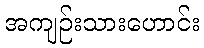
အကျဉ်းသားဟောင်း